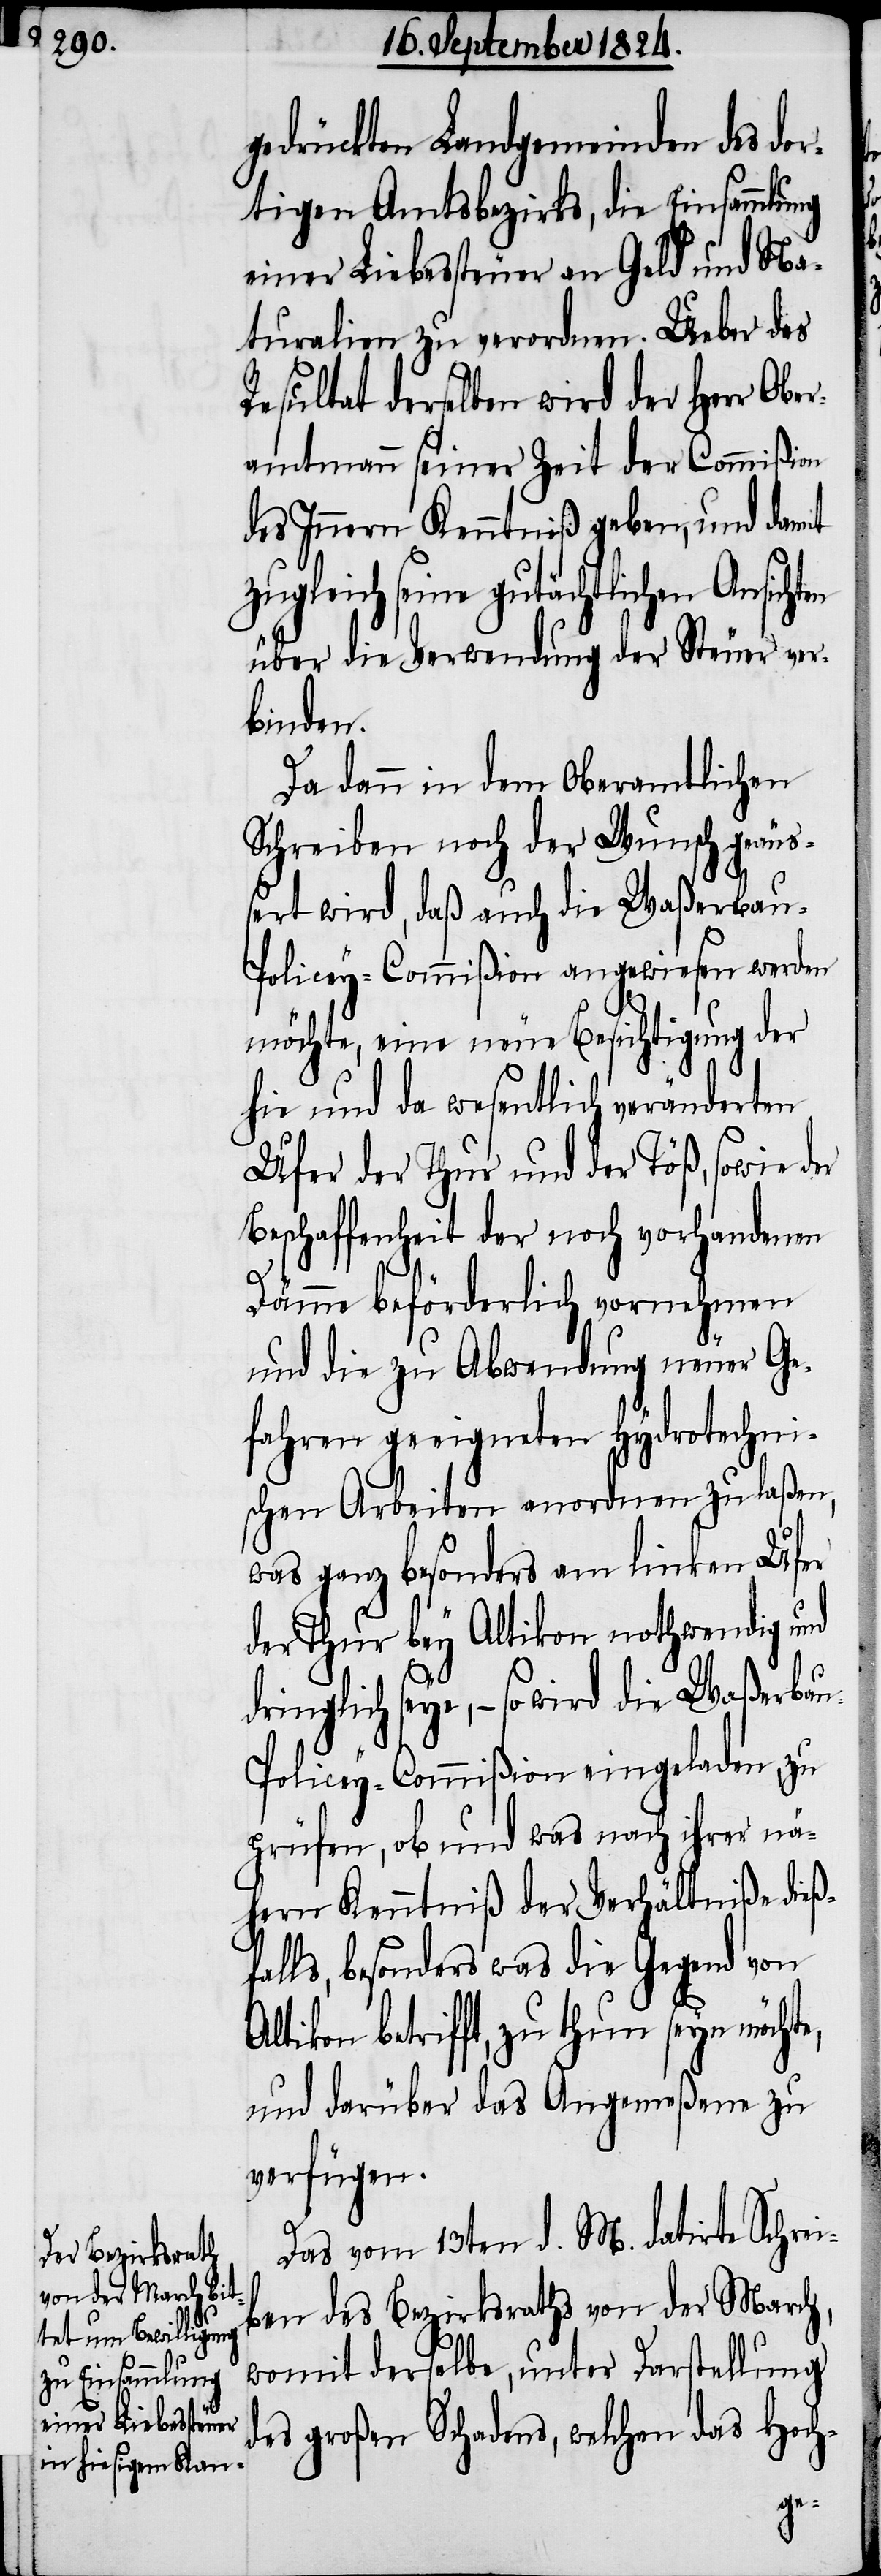
gedrückten Landgemeinden des do¬
rtigen Amtsbezirks, die Einsammlung
einer Liebessteuer an Geld und Na¬
turalien zu verordnen. Ueber das
Resultat derselben wird der Herr Ober¬
amtmann seiner Zeit der Commißion
des Innern Kenntniß gegeben, und damit
zugleich seine gutächtlichen Ansich¬
über die Verwendung der Steuer ver¬
binden.
Da dann in dem oberamtlichen
Schreiben noch der Wunsch geäuß¬
ert wird, daß auch die Waßerba¬
u-Policey-Commißion angewiesen werden
möchte, eine neue Besichtigung der
hie und da wesentlich veränderten
Ufer der Thur und der Töß, sowie der
Beschaffenheit der noch vorhandenen
Dämme beförderlich vornehmen
und die zu Abwendung neuer Ge¬
fahren geeigneten hydrotechni¬
schen Arbeiten anordnen zu laßen,
was ganz besonders am linken Ufer
der Thur bey Altikon nothwendig und
dringlich seye, – so wird die Waßerba¬
u-Policey-Commißion eingeladen, zu
prüfen, ob und was nach ihrer nä¬
hern Kenntniß der Verhältniße dieß¬
falls, besonders was die Gegend von
betrifft, zu thun seyn möcht¬
und darüber das Angemeßene zu
verfügen.
Das vom 13ten d. M. datirte Schrei¬
ben des Bezirksraths von der March,
womit derselbe, unter Darstellung
des großen Schadens, welchen das Hoch-
e,